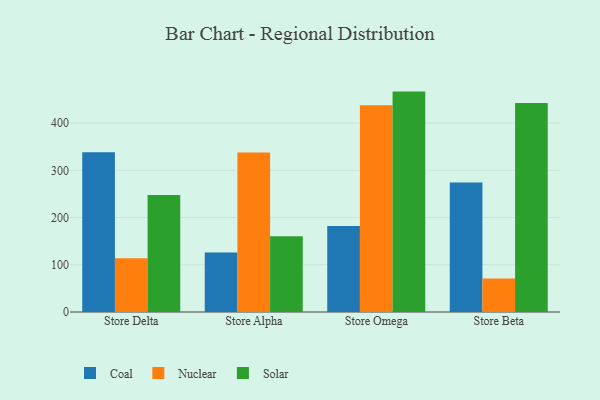
{"axis": {"x": "Store", "y": "Net Income (USD K)"}, "legend": ["Coal", "Nuclear", "Solar"], "data": [{"x": "Store Delta", "y": 338.3, "type": "Coal"}, {"x": "Store Delta", "y": 113.6, "type": "Nuclear"}, {"x": "Store Delta", "y": 247.6, "type": "Solar"}, {"x": "Store Alpha", "y": 126.1, "type": "Coal"}, {"x": "Store Alpha", "y": 338.0, "type": "Nuclear"}, {"x": "Store Alpha", "y": 160.6, "type": "Solar"}, {"x": "Store Omega", "y": 182.3, "type": "Coal"}, {"x": "Store Omega", "y": 437.7, "type": "Nuclear"}, {"x": "Store Omega", "y": 466.7, "type": "Solar"}, {"x": "Store Beta", "y": 274.4, "type": "Coal"}, {"x": "Store Beta", "y": 70.8, "type": "Nuclear"}, {"x": "Store Beta", "y": 442.8, "type": "Solar"}]}